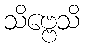
သိဗ္ဗေသိ